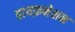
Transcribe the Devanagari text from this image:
हायफ़नेशन